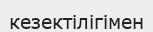
кезектілігімен